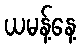
ယမန့်နေ့